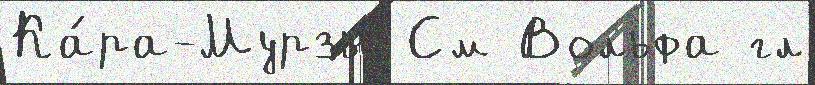
Ка́ра-Мурзы См Вольфа гл